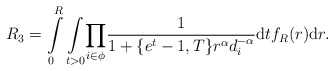
\begin{align*}R_3=\int\limits_{0}^{R} \underset{t>0}\int\underset{i \in \phi}\prod\frac{1}{1+\{e^t-1,T\}r^\alpha d_i^{-\alpha}}\mathrm{d}tf_R(r)\mathrm{d}r.\end{align*}